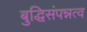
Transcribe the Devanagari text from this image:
बुद्धिसंपन्नत्व